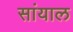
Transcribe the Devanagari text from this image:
सांयाल